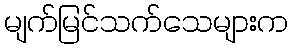
မျက်မြင်သက်သေများက